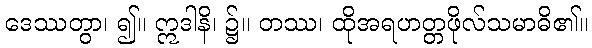
ဒေဿတွာ၊ ၍။ ဣဒါနိ၊ ၌။ တဿ၊ ထိုအရဟတ္တဖိုလ်သမာဓိ၏။